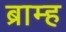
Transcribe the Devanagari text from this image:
ब्राम्ह